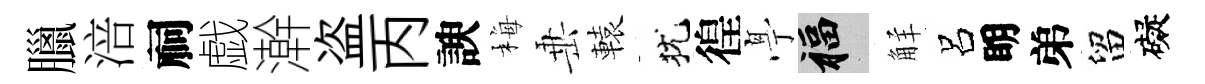
臘涪祠戯澣盗丙諛梅𡸁轅犹徨𠅘福觧呂眀弟留礙